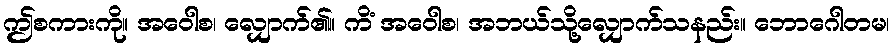
ဤစကားကို။ အဝေါစ၊ လျှောက်၏။ ကိံ အဝေါစ၊ အဘယ်သို့လျှောက်သနည်း။ ဘောဂေါတမ၊